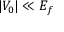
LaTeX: | V _ { 0 } | \ll E _ { f }